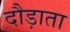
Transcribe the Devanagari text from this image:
दौड़ाता